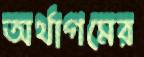
অর্থাগমের